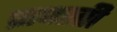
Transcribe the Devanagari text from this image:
प्रापस्ती